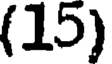
(15)